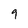
Character: 9